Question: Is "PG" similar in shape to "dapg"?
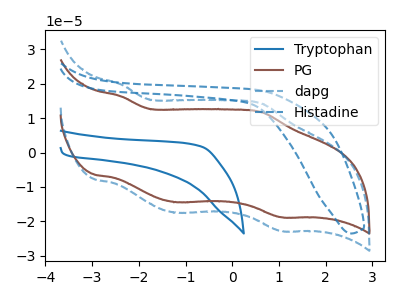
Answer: <think>The blue curve "Tryptophan" has no peaks. The brown curve "PG" has anodic peaks at (-2.40V, 16.30uA) (0.65V, 11.75uA) and cathodic peaks at (-1.20V, -14.40uA) (1.05V, -18.80uA). The blue dashed curve "dapg" has anodic peaks at (-2.40V, 19.80uA) (0.65V, 14.25uA) and cathodic peaks at (-1.20V, -17.50uA) (1.05V, -22.80uA). The blue dashed curve "Histadine" has no peaks.
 All the peaks in "PG" have a peak in "dapg" at the same potential. Every peak in "PG" is lower than every peak in "dapg".</think>
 <answer>"PG" and "dapg" are similar in shape.</answer>
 <eval>same_shape</eval>